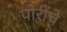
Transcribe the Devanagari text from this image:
पोरींचे